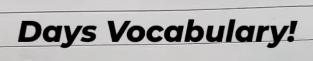
Days Vocabulary!